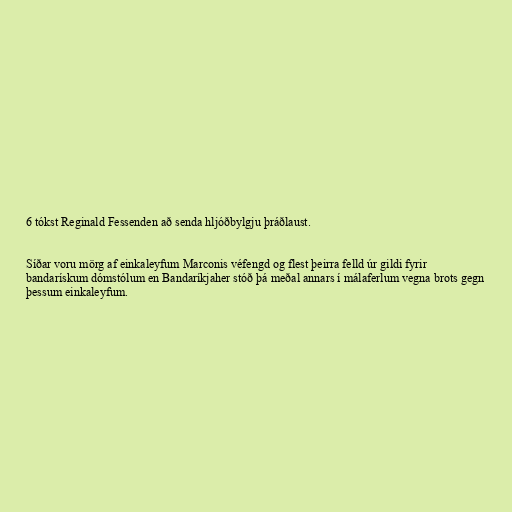
6 tókst Reginald Fessenden að senda hljóðbylgju þráðlaust.

Síðar voru mörg af einkaleyfum Marconis véfengd og flest þeirra felld úr gildi fyrir
bandarískum dómstólum en Bandaríkjaher stóð þá meðal annars í málaferlum vegna brots gegn
þessum einkaleyfum.